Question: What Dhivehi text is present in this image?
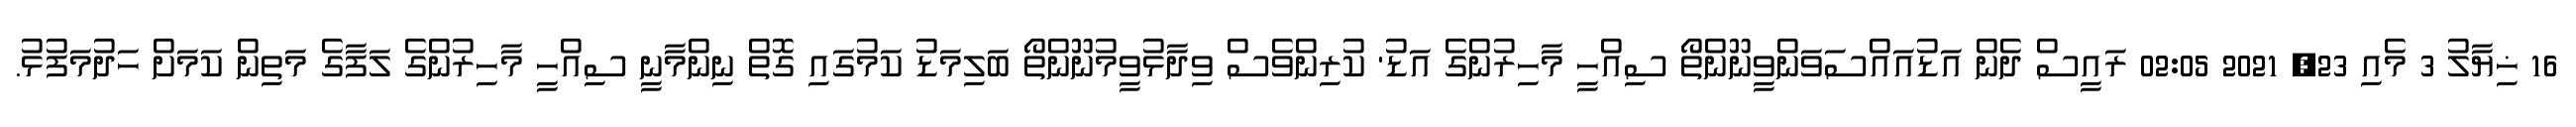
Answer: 16 ޚިޔާލު 3 މެއި 23, 2021 02:05 ރައީސް ދެން އަޑުއައްސަވަންވީނޫންތޯ ސިއްހީ މާހިރުންގެ އަޑު' ކުރިންވެސް ވިދާޅުވީމުނޫންތޯ ބަލިމަޑު ކަމުގައި ގޮތް ނިންމާނީ ސިއްހީ މާހިރުންގެ ލަފާގެ މަތިން ކަމަށް ހަދުމަފުޅު.